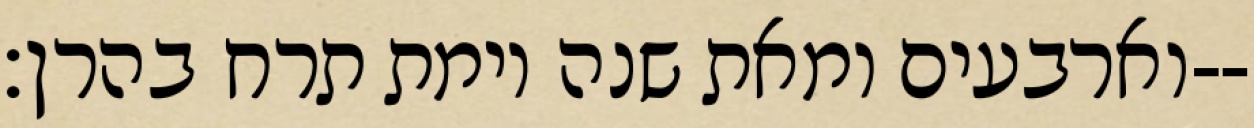
וארבעים ומאת שנה וימת תרח בהרן׃--